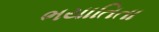
ભયાતિતા